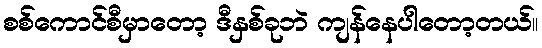
စစ်ကောင်စီမှာတော့ ဒီနှစ်ခုဘဲ ကျန်နေပါတော့တယ်။